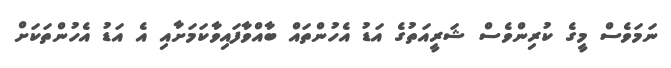
ނަމަވެސް މީގެ ކުރިންވެސް ޝަރީއަތުގެ އަޑު އެހުންތައް ބާއްވާފައިވާކަމަށާއި އެ އަޑު އެހުންތަކަށް